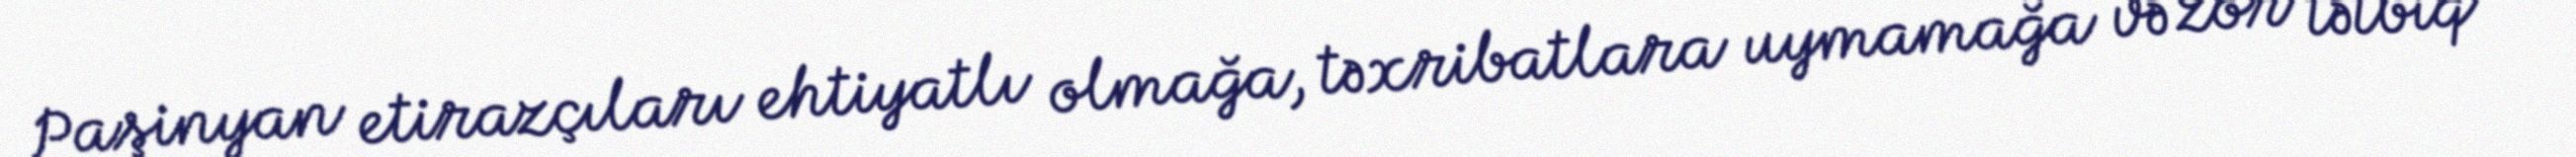
Paşinyan etirazçıları ehtiyatlı olmağa, təxribatlara uymamağa və zor tətbiq